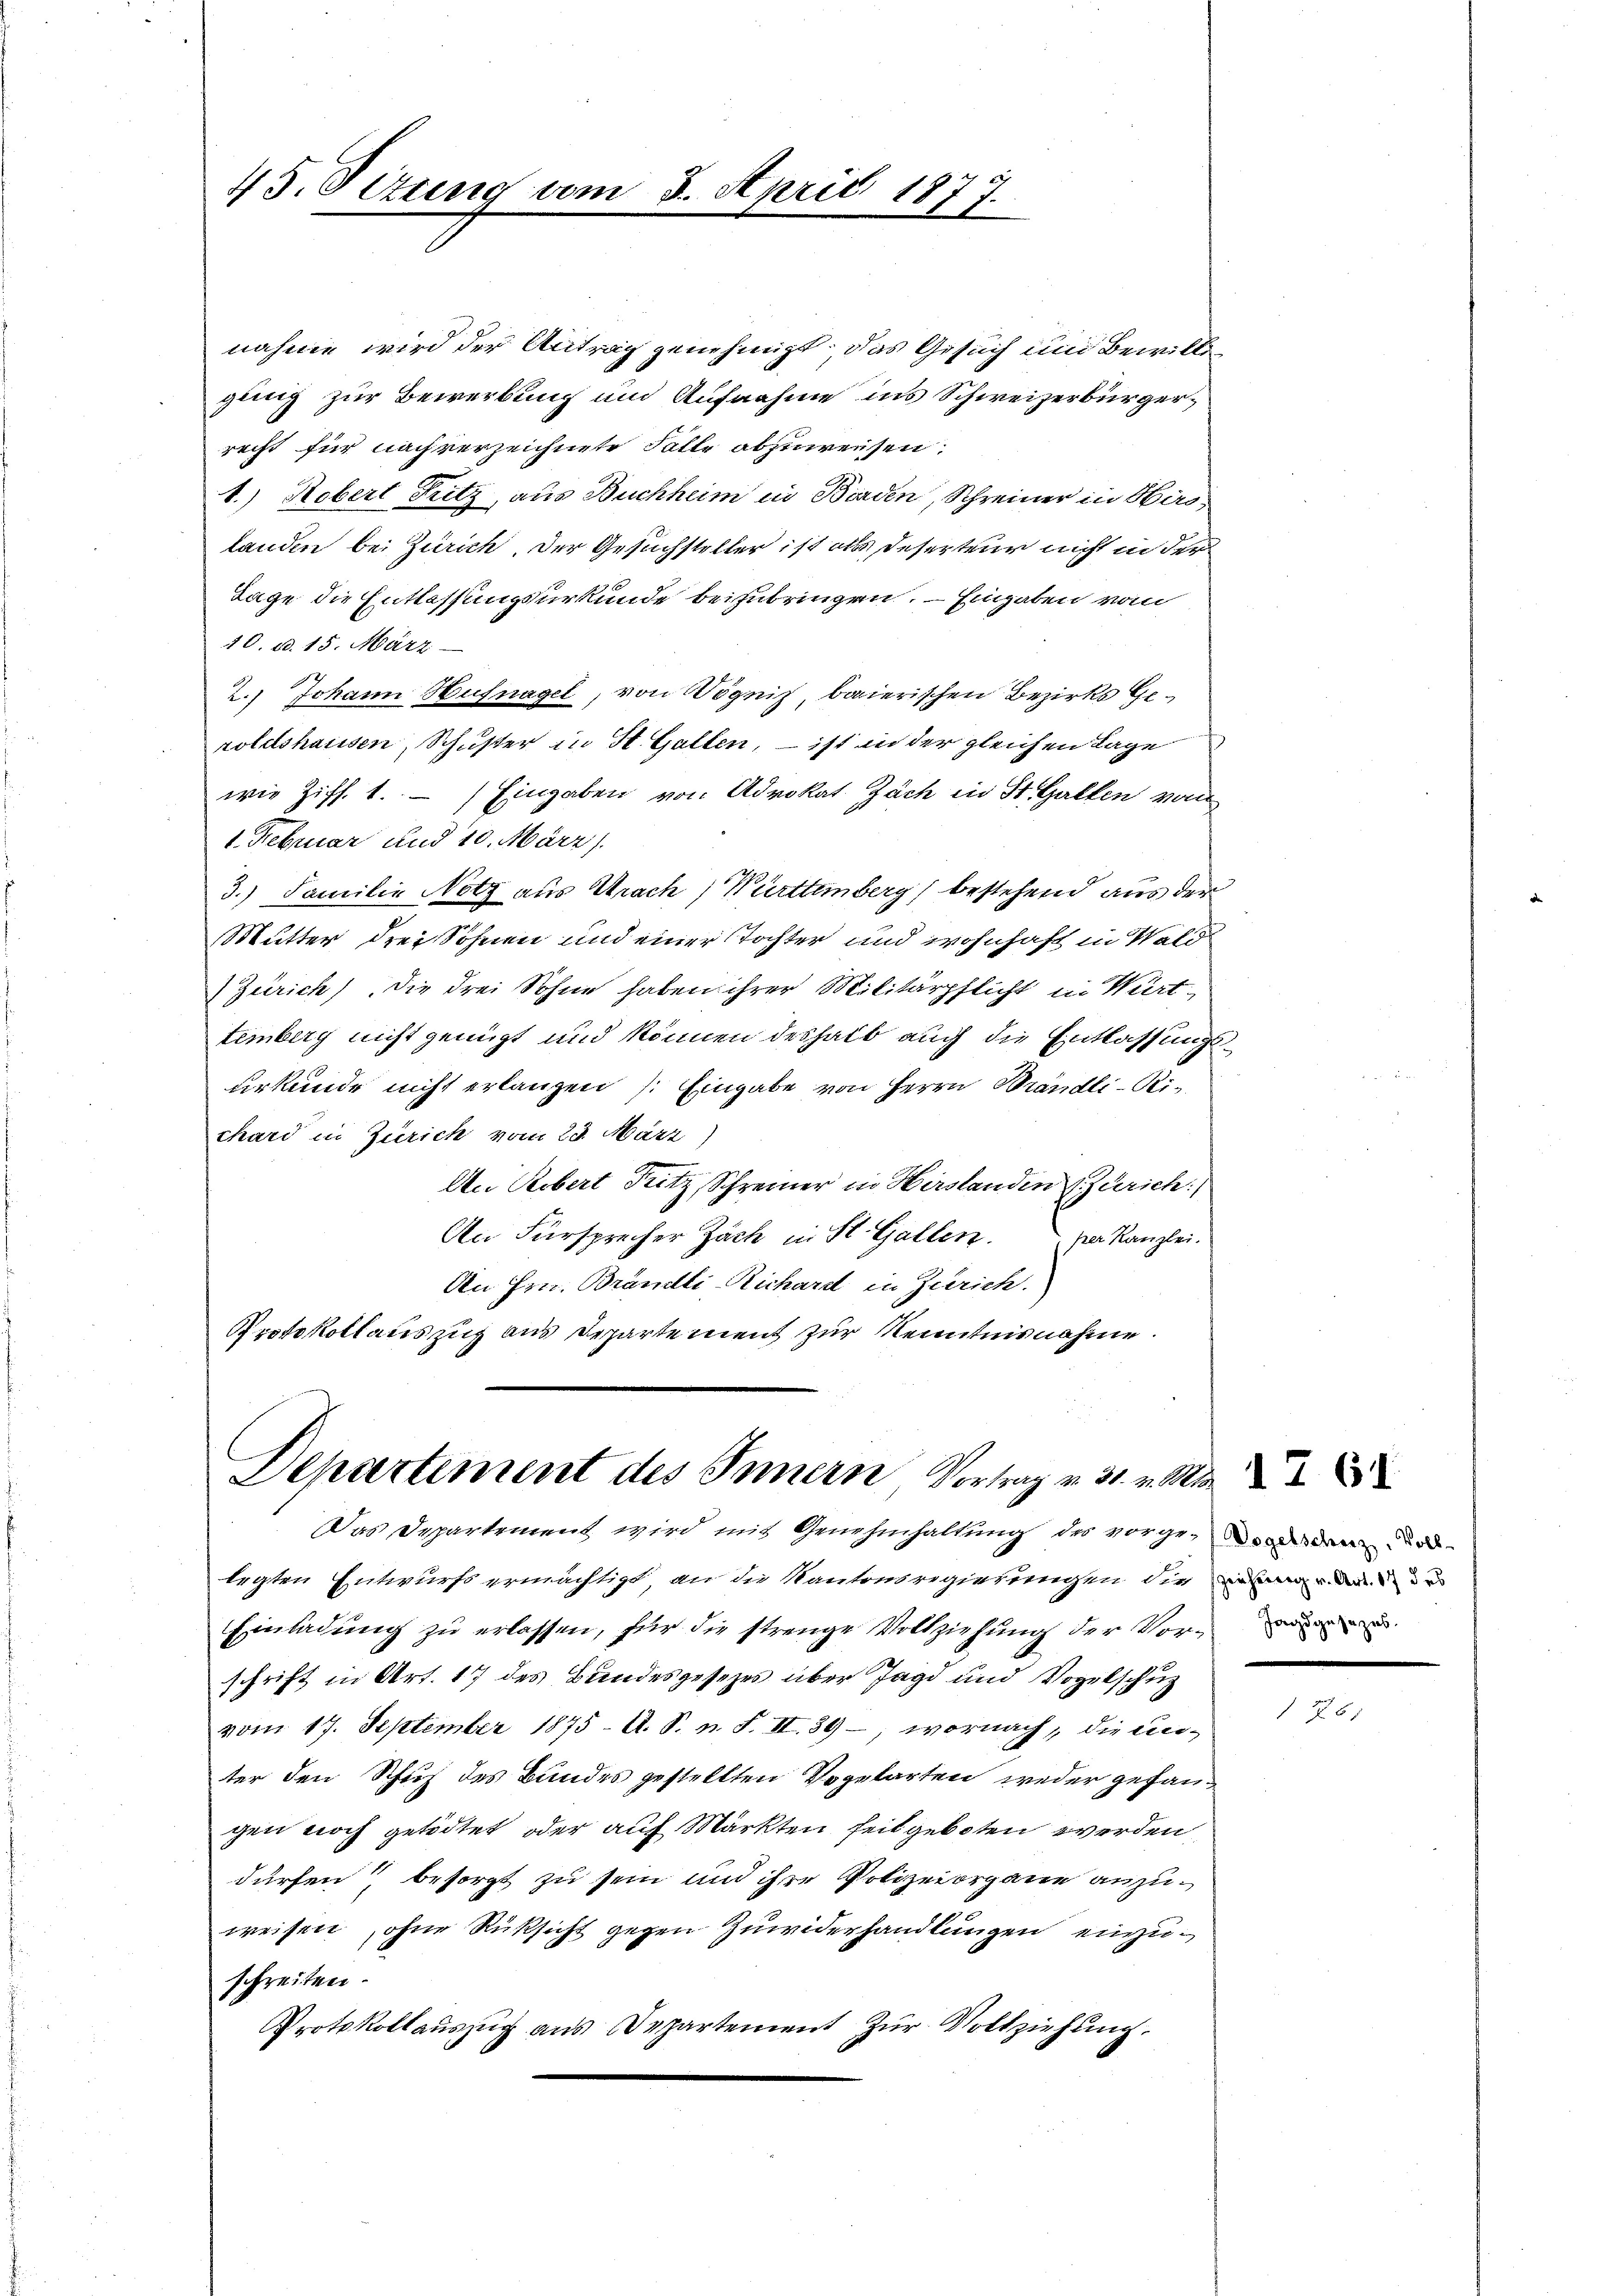
45. Setzung vom 3. April 1877.

nahme wird der Antrag genehmigt. Das Gesuch und Bewirke
gling zur Bewerbung und Aufnahme ins Schweizerbürgerrecht für nachverzeichnete Falle abzuweisen.
1.) Robert Fritz, aus Buchheim in Borden, Schreiner in Hirslanden bei Zürich. Der Gesuchsteller ist als Deserteur nicht in der
Tage die Entlassungsurkunde beizubringen. – Eingaben vom
10. d. 15. März
2.) Johann Hufnagel, von Wögnis, baierischen Bezirks Geroletshausen, Schuster in St. Gallen, – ist in der gleichen Lage
wie Ziff. 1. — Eingaben von Advokat Zach in St. Gallen vom
1. Februar und 10. März)
3.) Familie Notz aus Urach, Württemberg bestehend aus der
Mutter drei Söhnen und einer Tochter und wohnhaft in Wald
Zürich), die drei Sohne haben ihrer Militärpflicht in Würt
temberg nicht genügt und können deshalb auch die Entlassungsurkunde nicht erlangen (Eingabe von Herrn Brändli-Bichard in Zürich vom 23. März,
An Rebert Fritz, Schreiner in Hirslanden Zürich
An Fürsprecher Zach in St. Gallen. von Kanzlei.
An Hrn. Brändli-Richard in Zürich.
Protokollauszug aus Departement zur Kenntnisnahme.

Departiment des Innern Vortrag v. 31. v. M.
Das Departement wird mit Genehmhaltung des vorgewordenden und

legten Entwurfs ermächtigt, an die Kantonsregierungen die in de
Einladung zu erlassen, für die strenge Vollziehung der Vorschrift in Art. 17 des Bundesgesezes über Jagd und Vogelschuz
vom 17. September 1875. A. S. n. F. II. 39, wornach, die unter den Schuh des Bundes gestellten Vogelarten weder gefangen noch getödtet oder auf Märkten seit geboten werden,
dürfen besorgt zu sein und ihre Polizeiorgane anzuweisen, ohne Rücksicht gegen Zuwiderhandlungen einzuschreiten.
Protokollauszug aus Departement zŭr Vollziehung.